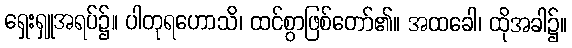
ရှေးရှူအရပ်၌။ ပါတုရဟောသိ၊ ထင်စွာဖြစ်တော်၏။ အထခေါ၊ ထိုအခါ၌။